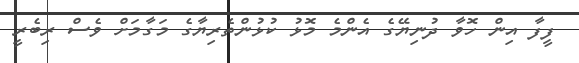
ފީފާ އިން ހޮވާ ދުނިޔޭގެ އެންމެ މޮޅު ކުޅުންތެރިޔާގެ މަގާމަށް ވެސް ރިބެރީ